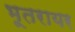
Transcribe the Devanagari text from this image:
भूतरायर